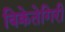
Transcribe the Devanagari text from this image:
विक्रेतेगिरी